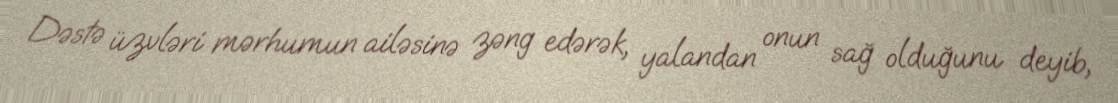
Dəstə üzvləri mərhumun ailəsinə zəng edərək, yalandan onun sağ olduğunu deyib,